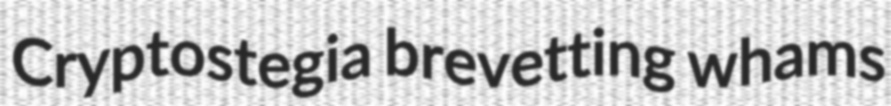
Cryptostegia brevetting whams